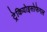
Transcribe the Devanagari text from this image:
ट्रेकियोइसोफेगल